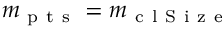
m _ { \mathrm { ~ p ~ t ~ s ~ } } = m _ { \mathrm { ~ c ~ l ~ S ~ i ~ z ~ e ~ } }